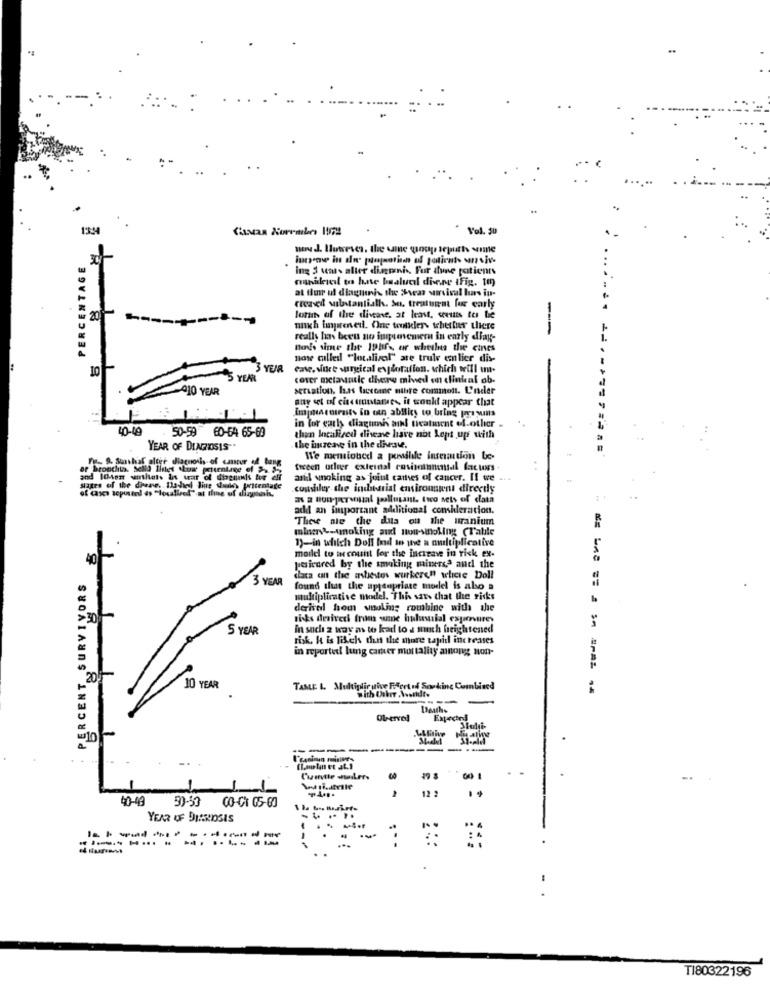
PERCENTAGE
ing 3 umts aller dingenis, Fur aune patients
minileieil ens hne bualueel divene tFig. 1)
at fur ul diaguinis the Swear wirsivul has in-
crezed webstantiath. So. treatment for early
20
lots of the diveare, at least, seems to be
mnkh imprenei. One toutkler- whether there
--
really has been no inipsovemeru in early diay-
Bons sime the 19hfs or wheels the cines
nowe callesl "localisol" are truls emlier dis-
10
YEAR
Gave, since surgical exploration, which will u.
5 YEAR
cover metaumlc dhere mived en linkal ob-
410 YEAR
servation. has lacccane nihre commont. L'nder
any set of ciscuustames, it would appear that
Impacttraits in oun ablity to bring provins
40-19
in tor garh diagumi al treatment of.other .
50-59 60-64 65-69
then localized diene have not Lept up with
YEAR OF DIAGNOSIS-"
the husene in the diveav.
Fu .. 9. Suathat olter diagnosis of cancer of tang
We memiobed a possibile insertion be-
or bronchis. Selid linet show pottentage of >> 22
frecen otler external cosinotununsal factors .
arid whoking as joint cates of cancer. If we
states of the diese. Ila-hed line dudes prisentage
.consthey the inditariat environment direcdy
as a non-pervisial pollutant. two sets of data
add an finportant additional consideration.
Thewe nie the data on the uranium
miserve-smoking and non-smoking CTable
1)-in which Doll Ind to the a multiplicative
model to account for the increase in rick ex-
40
PERCENT SURVIVORS
pasicared by the smoking miners,s and the
3 YEAR
data on the asbestos wurkere" where Doll
found that the apropriate model is also a
multiplicative model. This sats that the risks
derived from wnuking combine with the
risks derived from wane huluial exposurey
S YEAR
In such 2 way as to kad to a much heightened
risk, Ht is Michs the the more tapil increases
in reporte lung camer mortality among non-
205
10 YEAR
TAME 1. Multiplie uwve Ffert of Soudinc Combined
with Usbrr . Westidt.
Expected
-------
1
12 :
40-40
CO-CT 05-60
YEAR OF DIARIOSIS
: ..
TI80322196